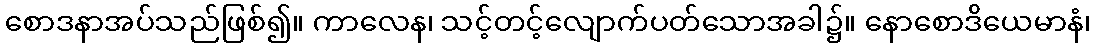
စောဒနာအပ်သည်ဖြစ်၍။ ကာလေန၊ သင့်တင့်လျောက်ပတ်သောအခါ၌။ နောစောဒိယေမာနံ၊